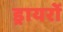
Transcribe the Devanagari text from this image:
ड्रायरों